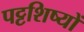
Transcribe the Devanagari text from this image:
पट्टशिष्यों